Source: Computer-generated
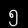
Digit: ၅ (5)